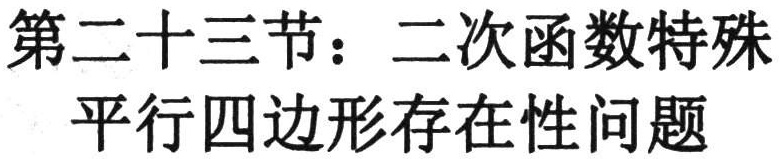
第二十三节：二次函数特殊平行四边形存在性问题